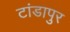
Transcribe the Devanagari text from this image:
टांडापुर